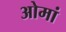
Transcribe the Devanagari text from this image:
ओमां